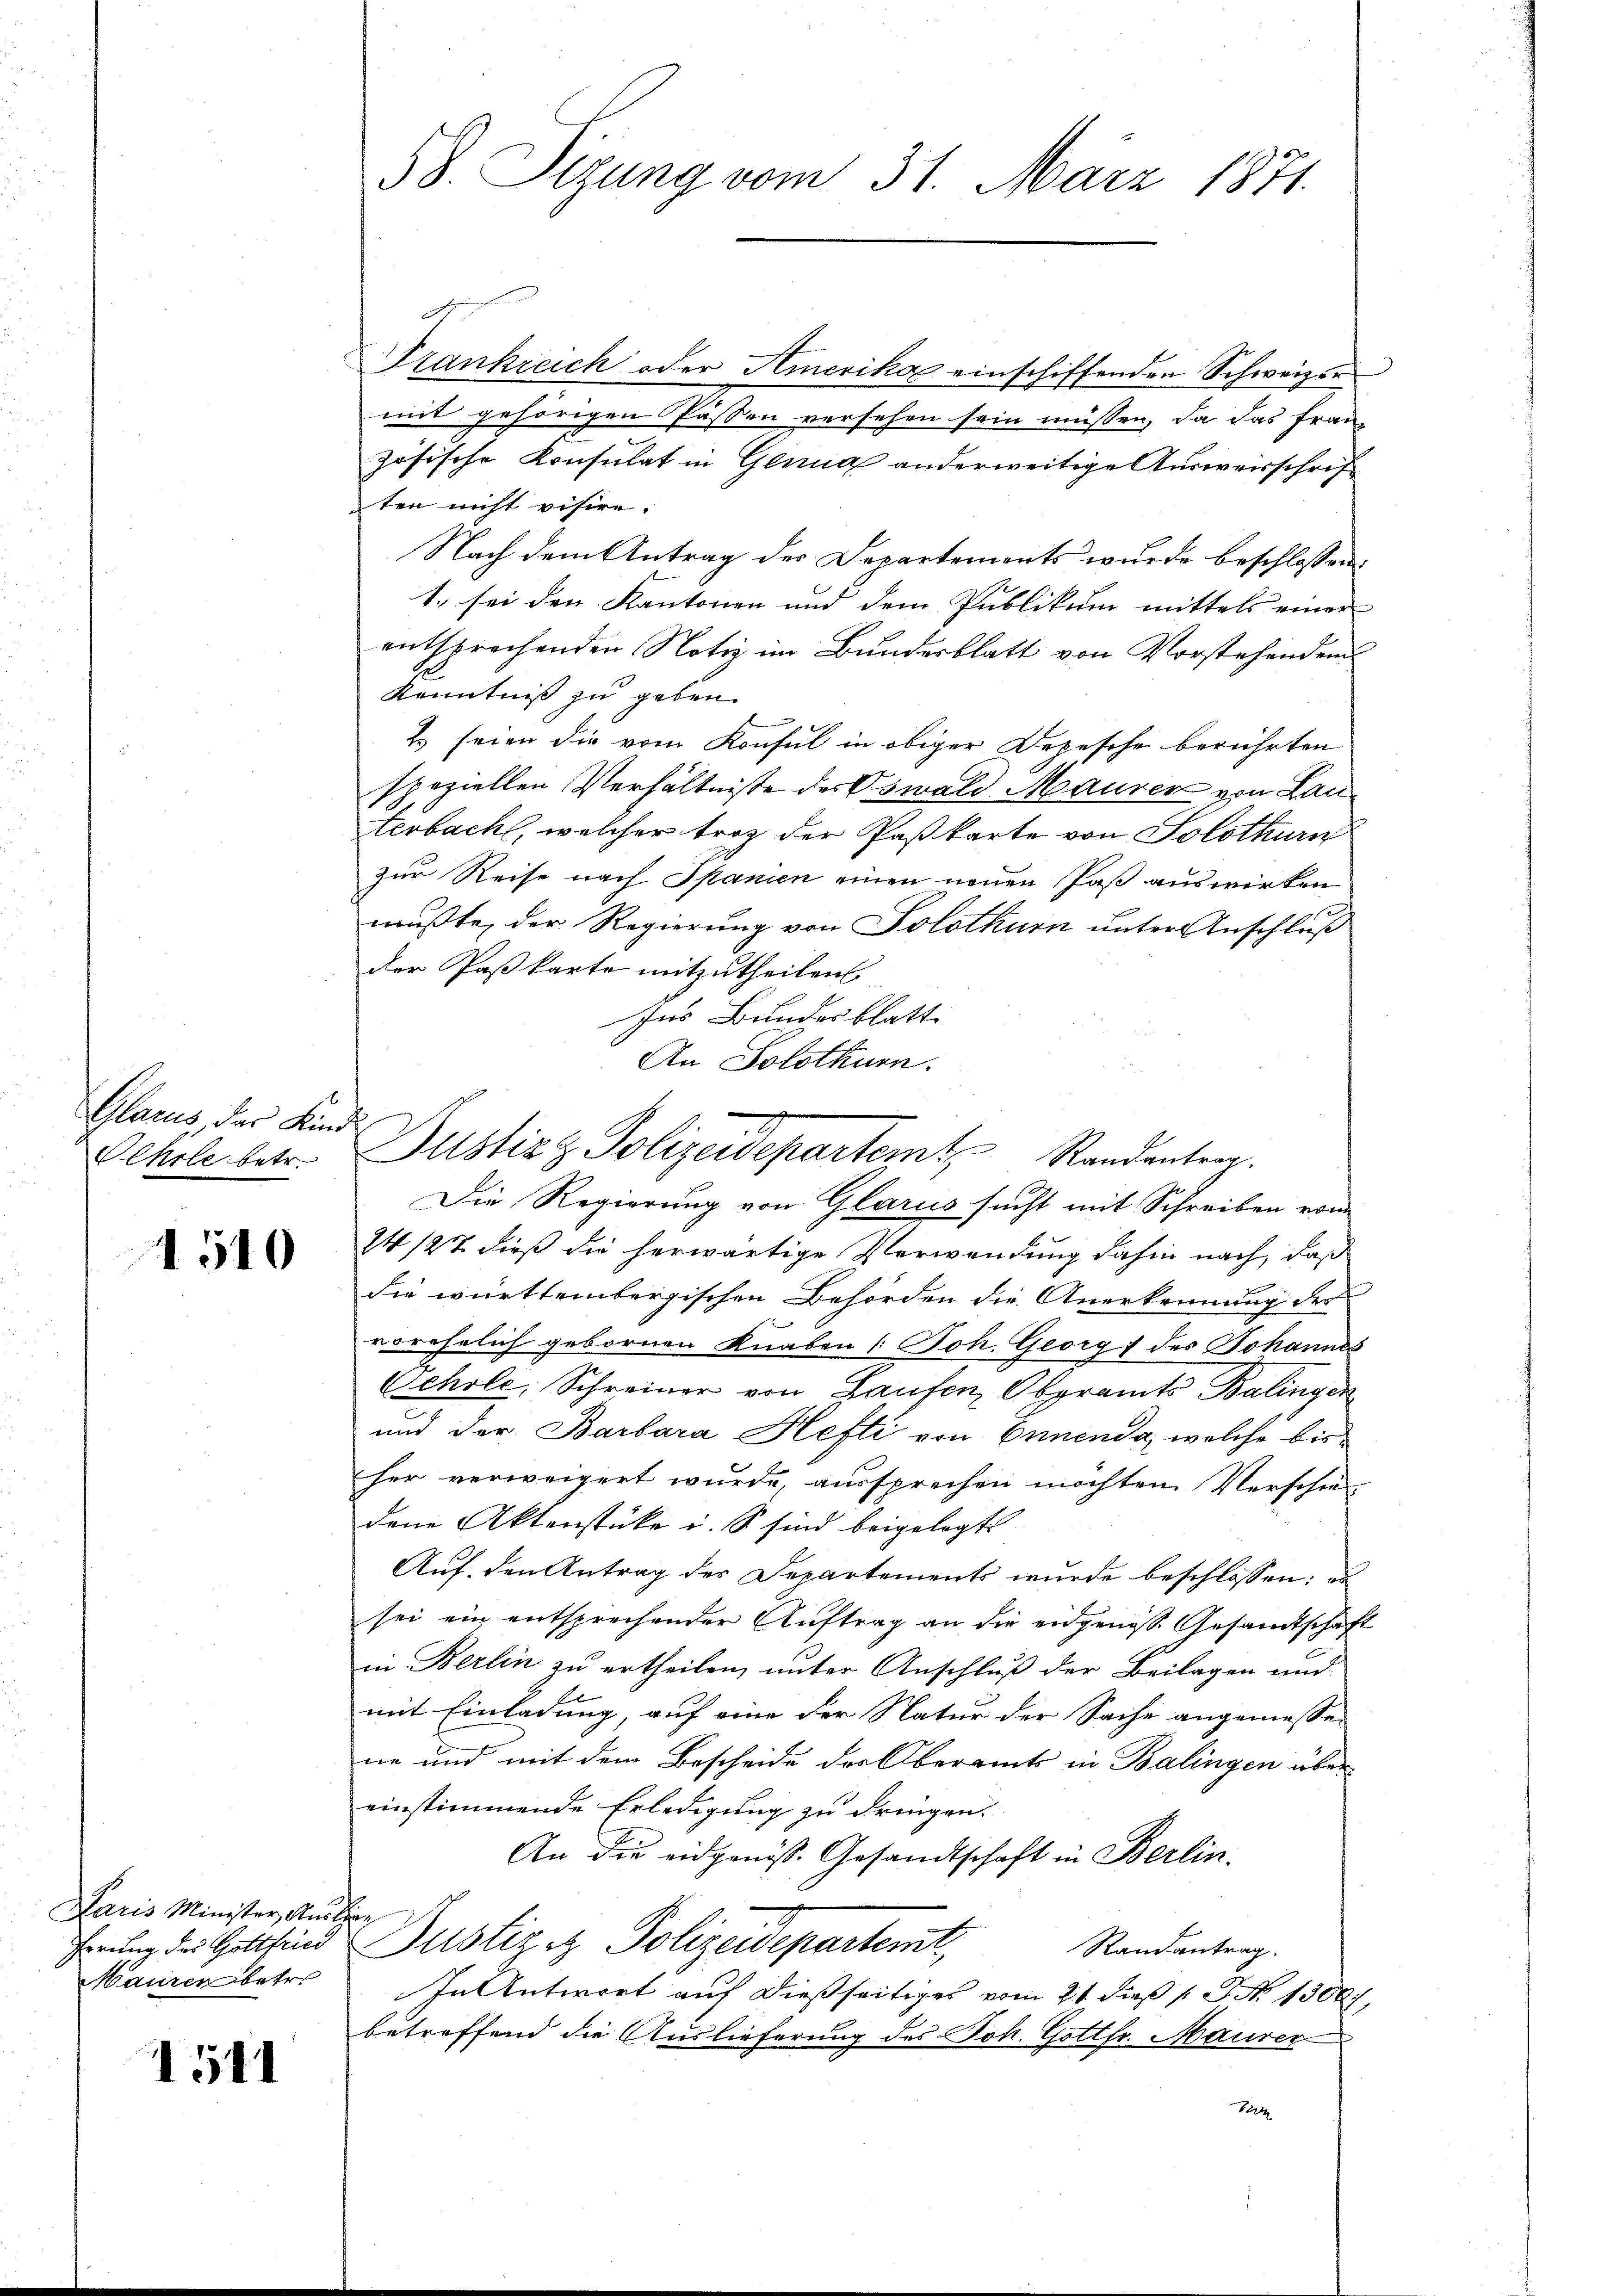
Glarus der Kind
Oehrle betr.

1510

Paris Minister Aus-
ferung des Gottfried
Maurer betr.

1511

58. Sizung vom 31. März 1871.

Frankreich oder Hierika einschiffenden Schweizer
mit gehörigen Pässen versehen sein müssen, da das Frau
zösische Konsulat in Genua anderweitige Ausweisschrif
ten nicht visire.
Nach dem Antrag des Departements wurde beschlossen:
1. sei den Kantonen und dem Publikum mittels einer
entsprechenden Notiz im Bundesblatt von Vorstehenden
Kenntniß zu geben.
Es seien die vom Konsul in obiger Depesche berührten
speziellen Verhältnisse des Oswald Maurer von Lauterbach, welcher troz der Paßkarte von Solothurn
zur Reise nach Spanien einen neuen Paß auswirken
mußte, der Regierung von Solothurn unter Anschluß
der Paßkarte mitzutheilen
Ins Bundesblatt
An Solothurn.
Die Regierung von Glarus sucht mit Schreiben von
24127 dieß die herwärtige Verwendung dahin nach, daß
die württembergischen Behörden die Anerkennung des
vorehelich gebornen Knaben (Joh. Georg des Johannes
Ochole, Schreiner von Laufen, Oberamts Balingen
und der Barbara Hefti von Ernenda, welche bisher verweigert wurde, aussprechen möchten. Verschiedene Aktenstücke i. S. sind beigelegt
Auf den Antrag der Departements wurde beschlossen, u
sei ein entsprechender Auftrag an die eidgenös. Gesandtschaft
in Berlin zu ertheilen, unter Anschluß der Beilagen und
mit Einladung, auf eine der Natur der Sache angemesse-
ne und mit dem Bescheide des Oberamts in Balingen über
einstimmende Erledigung zu dringen.
An die eidgenöss. Gesandtschaft in Berlin
u
Justiziz Polizeidepartemt,
Randantrag.
In Antwort auf dießseitiges vom 21. dieß (N. 1300.
betreffend die Auslieferung des Joh. Gottfr. Maurer
1224

Justiz & Polizeidepartemt Randantrag.